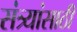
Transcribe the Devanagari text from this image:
संत्र्यांसाठी